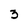
Character: 3